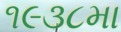
૧૯૩૮મા